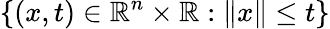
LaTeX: \left\{ (x,t)\in\mathbb{R}^{n}\times\mathbb{R}:\lVert x\rVert\leq t\right\}